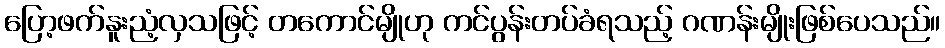
ပြော့ဖက်နူးညံ့လှသဖြင့် တကောင်မျိုဟု ကင်ပွန်းတပ်ခံရသည့် ဂဏန်းမျိုးဖြစ်ပေသည်။